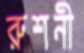
রুশনী